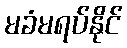
မခံမရပ်နိုင်